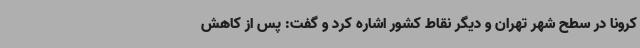
کرونا در سطح شهر تهران و دیگر نقاط کشور اشاره کرد و گفت: پس از کاهش